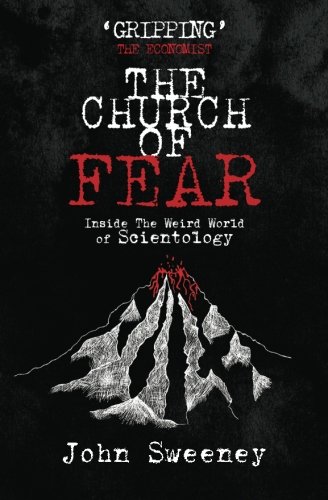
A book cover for The Church of Fear: Inside The Weird World of Scientology; John Sweeney; Religion & Spirituality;